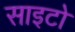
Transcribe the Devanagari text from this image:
साइटो